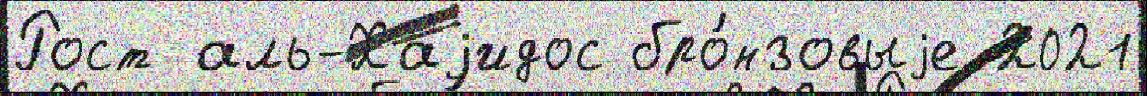
Рост аль-Хаjидос бро́нзовыjе 2021